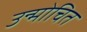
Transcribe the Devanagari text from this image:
उन्मोचित